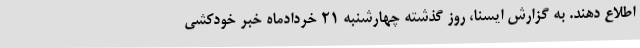
اطلاع دهند. به گزارش ایسنا، روز گذشته چهارشنبه 21 خردادماه خبر خودکشی